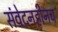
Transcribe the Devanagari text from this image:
संवेदनहीनच